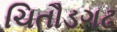
ચિતૌડગઢ